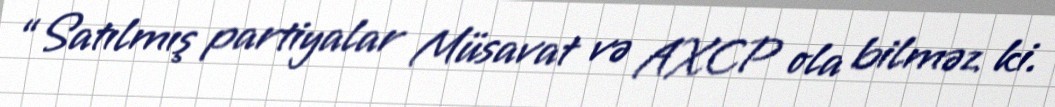
“Satılmış partiyalar Müsavat və AXCP ola bilməz ki.